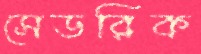
সেডরিক